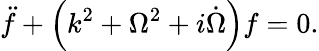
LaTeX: \ddot{f}+\left(k^{2}+\Omega^{2}+i\dot{\Omega}\right)f=0.